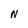
Character: N